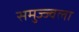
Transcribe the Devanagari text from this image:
समुज्ज्वला